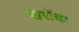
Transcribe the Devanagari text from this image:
खरोंच।